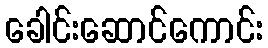
ခေါင်းဆောင်ကောင်း